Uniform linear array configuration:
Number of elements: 16
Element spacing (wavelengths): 0.25
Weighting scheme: uniform
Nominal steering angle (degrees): -30
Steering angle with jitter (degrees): -30.246
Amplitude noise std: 0.05
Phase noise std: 0.05

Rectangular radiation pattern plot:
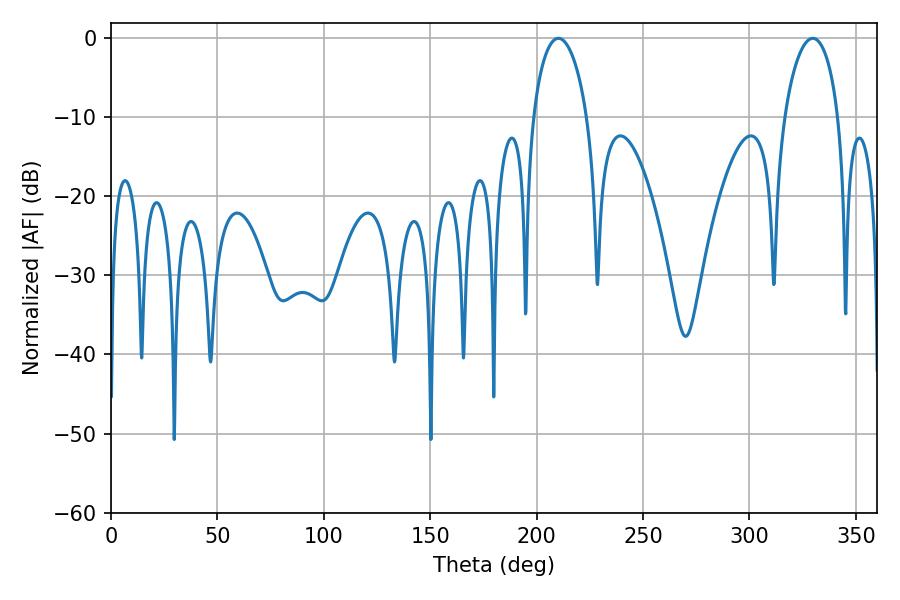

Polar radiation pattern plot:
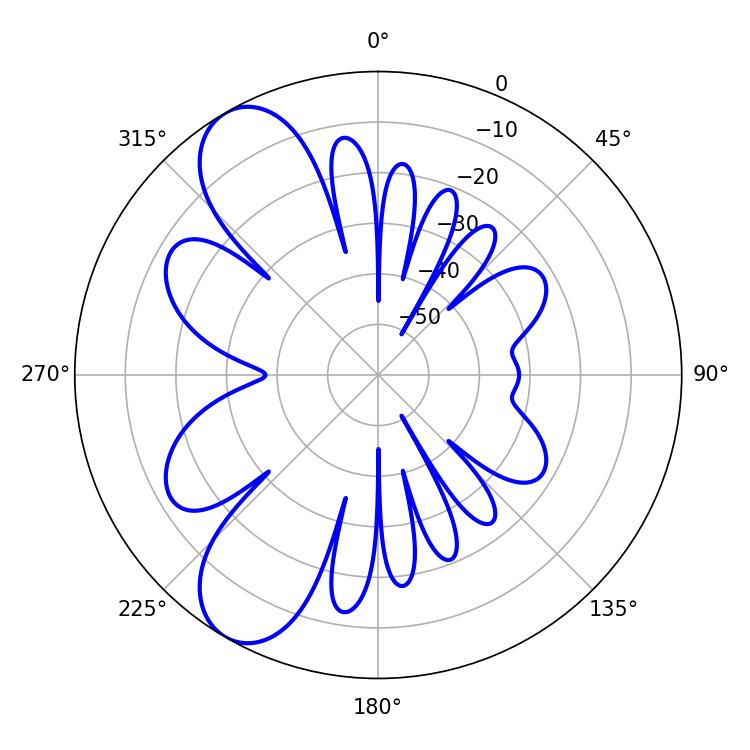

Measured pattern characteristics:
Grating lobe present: FALSE
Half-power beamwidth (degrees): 14.58
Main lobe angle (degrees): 210.24